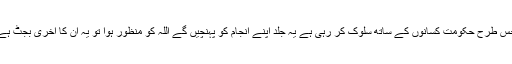
جس طرح حکومت کسانوں کے ساتھ سلوک کر رہی ہے یہ جلد اپنے انجام کو پہنچیں گے اللہ کو منظور ہوا تو یہ ان کا آخری بجٹ ہے۔